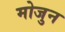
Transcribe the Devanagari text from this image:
मोजुन